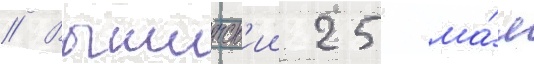
// Вышинск'ии 25 ма́я